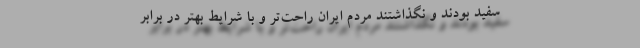
سفید بودند و نگذاشتند مردم ایران راحت‌تر و با شرایط بهتر در برابر